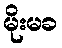
မိုးမခ